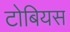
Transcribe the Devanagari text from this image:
टोबियस